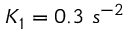
K _ { 1 } = 0 . 3 \ s ^ { - 2 }